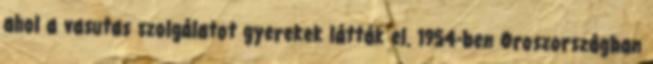
ahol a vasutas szolgálatot gyerekek látták el. 1954-ben Oroszországban